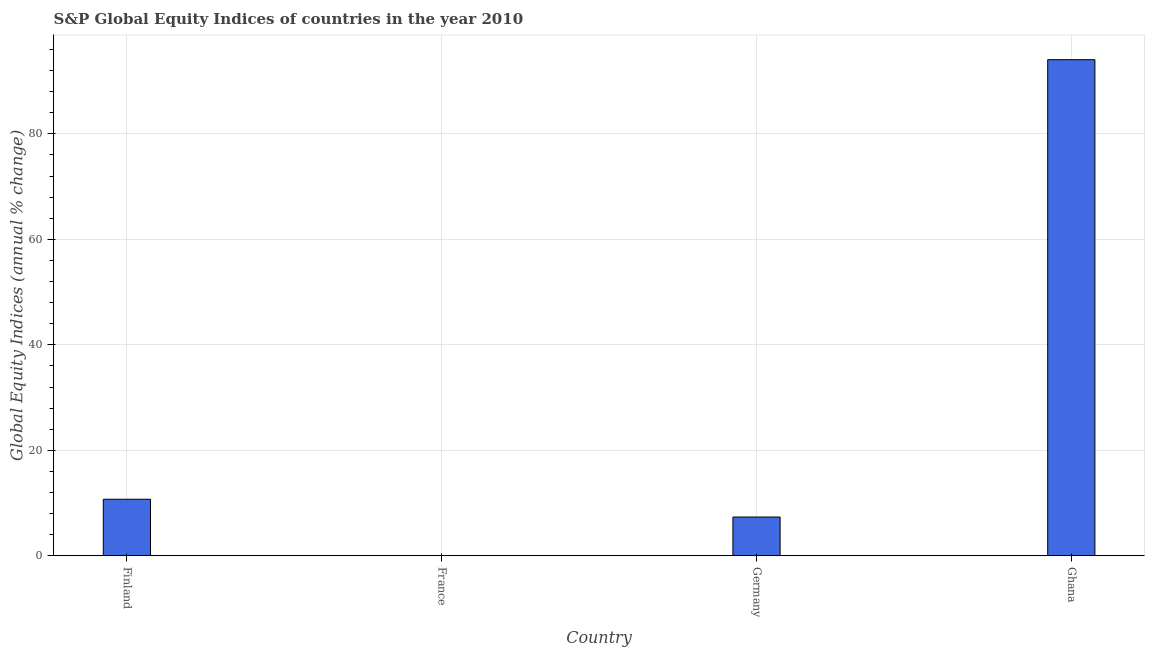
| Country | S&P Global Equity Indices |
 | --- | --- |
 | Finland | 10.7 |
 | France | -9.85 |
 | Germany | 7.35 |
 | Ghana | 94.1 |